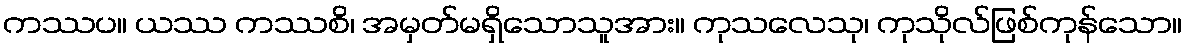
ကဿပ။ ယဿ ကဿစိ၊ အမှတ်မရှိသောသူအား။ ကုသလေသု၊ ကုသိုလ်ဖြစ်ကုန်သော။